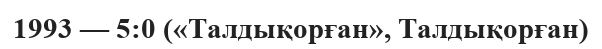
1993 — 5:0 («Талдықорған», Талдықорған)